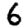
Digit: 6